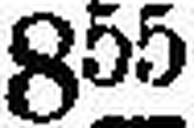
855